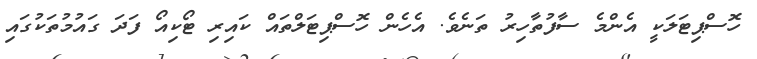
ހޮސްޕިޓަލަކީ އެންމެ ސާފުތާހިރު ތަނެވެ. އެހެން ހޮސްޕިޓަލްތައް ކައިރި ޓޯކިއޯ ފަދަ ގައުމުތަކުގައި